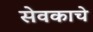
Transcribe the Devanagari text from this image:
सेवकाचे